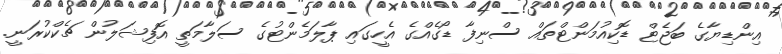
އިންޑިޔާގެ ބަޖެޓް ޑޮކިއުމަންޓްތައް ސްނިފާ ޑޯގެއްގެ އެހީގައި ޕާލަމެންޓުގެ ސަލާމަތީ އޮފިޝަލުން ޗެކްކުރަނީ.